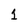
Character: 1